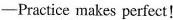
—Practice makes perfect!